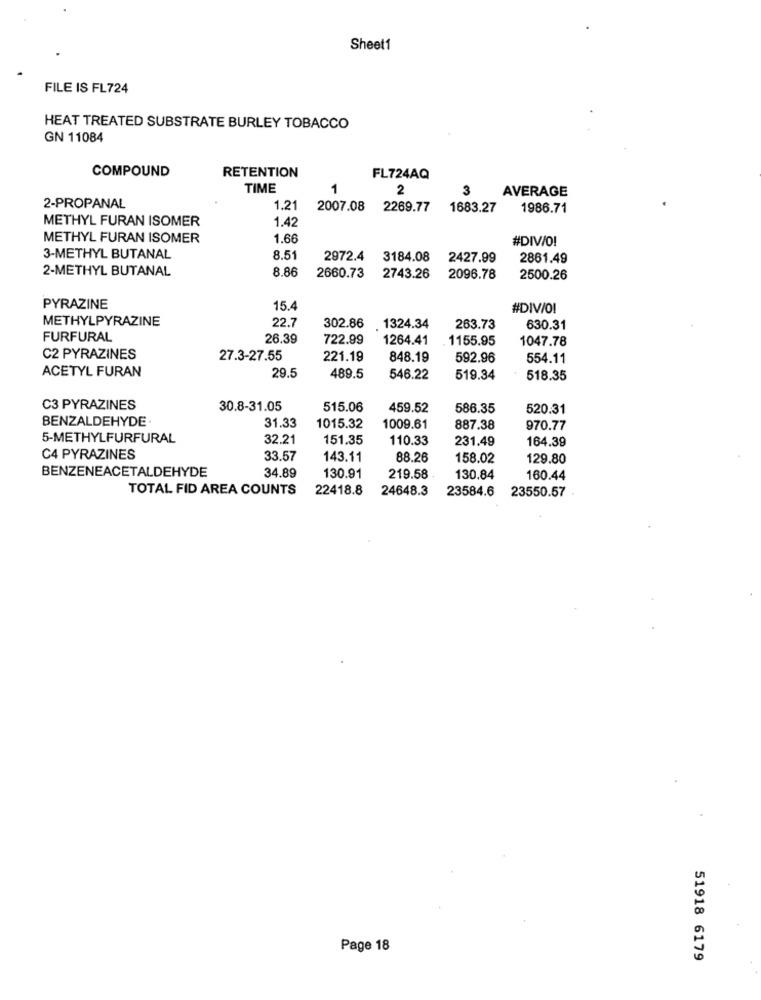
Sheet1
FILE IS FL724
HEAT TREATED SUBSTRATE BURLEY TOBACCO
GN 11084
COMPOUND
RETENTION
FL724AQ
TIME
1
2
3
AVERAGE
2-PROPANAL
1.21
2007.08
2269.77
1683.27
1986.71
METHYL FURAN ISOMER
1.42
METHYL FURAN ISOMER
1.66
#DIV/O!
3-METHYL BUTANAL
8.5
2972.4
3184.08
2427.99
2861.49
2-METHYL BUTANAL
8.86
2660.73
2743.26
2096.78
2500.26
PYRAZINE
15.4
#DIV/OI
METHYLPYRAZINE
22.7
302.86 1324.34
263.73
630.31
FURFURAL
26.39
722.99
1264.41
1155.95
1047.78
C2 PYRAZINES
27.3-27.55
221.19
848.19
592.96
554.11
ACETYL FURAN
29.5
489.5
546.22
519.34
518.35
C3 PYRAZINES
30.8-31.05
515.06
459.52
586.35
520.31
BENZALDEHYDE
31.33
1015.32
1009.61
887.38
970.77
5-METHYLFURFURAL
32.21
151.35
110.33
231.49
164.39
C4 PYRAZINES
33.57
143.11
88.26
158.02
129.80
BENZENEACETALDEHYDE
34.89
130.91
219.58
130.84
160.44
TOTAL FID AREA COUNTS
22418.8
24648.3
23584.6
23550.57
Page 18
51918 6179